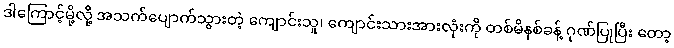
ဒါကြောင့်မို့လို့ အသက်ပျောက်သွားတဲ့ ကျောင်းသူ၊ ကျောင်းသားအားလုံးကို တစ်မိနစ်ခန့် ဂုဏ်ပြုပြီး တော့